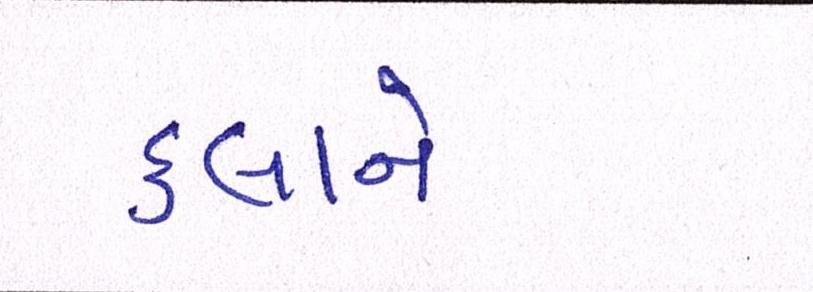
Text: કલાને